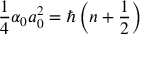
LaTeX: \frac { 1 } { 4 } \alpha _ { 0 } a _ { 0 } ^ { 2 } = \hbar \left( n + \frac { 1 } { 2 } \right)